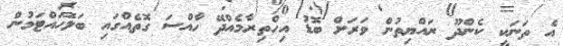
އެ ތަނަކީ ކެންދޫ ރައްޔިތުން ވަރަށް ބޮޑު އިހްތިރާމެއްދޭ ހާއްސަ ގޮތެއްގައި ބަލަހައްޓަމުން